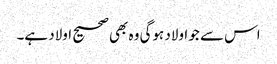
اس سے جو اولاد ہوگی وہ بھی صحیح اولاد ہے۔